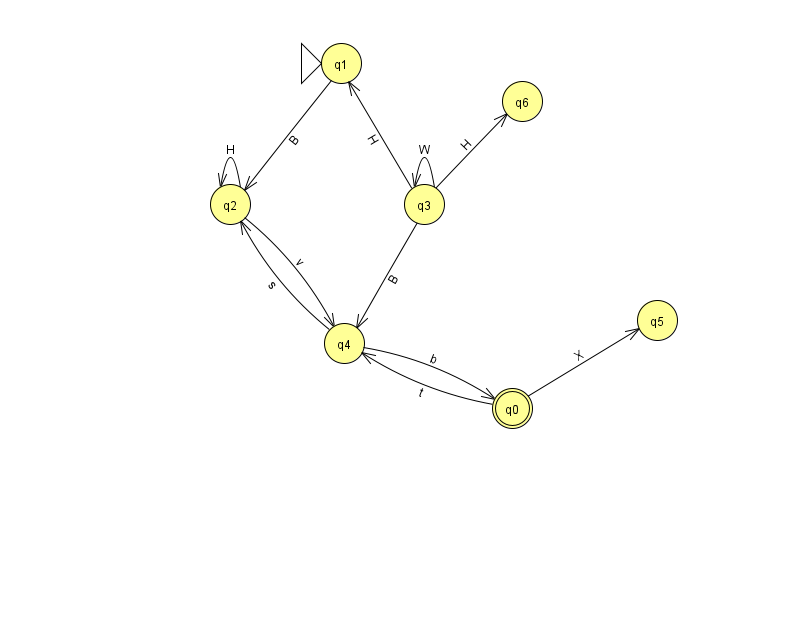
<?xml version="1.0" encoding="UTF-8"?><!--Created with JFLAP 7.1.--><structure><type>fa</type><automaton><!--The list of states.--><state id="0" name="q0"><x>512.0</x><y>395.0</y><final/></state><state id="1" name="q1"><x>341.0</x><y>50.0</y><initial/></state><state id="2" name="q2"><x>230.0</x><y>191.0</y></state><state id="3" name="q3"><x>424.0</x><y>191.0</y></state><state id="4" name="q4"><x>344.0</x><y>330.0</y></state><state id="5" name="q5"><x>657.0</x><y>307.0</y></state><state id="6" name="q6"><x>522.0</x><y>88.0</y></state><!--The list of transitions.--><transition><from>0</from><to>4</to><read>t</read></transition><transition><from>0</from><to>5</to><read>X</read></transition><transition><from>4</from><to>2</to><read>s</read></transition><transition><from>2</from><to>4</to><read>v</read></transition><transition><from>4</from><to>0</to><read>b</read></transition><transition><from>3</from><to>3</to><read>W</read></transition><transition><from>2</from><to>2</to><read>H</read></transition><transition><from>3</from><to>4</to><read>B</read></transition><transition><from>3</from><to>6</to><read>H</read></transition><transition><from>1</from><to>2</to><read>B</read></transition><transition><from>3</from><to>1</to><read>H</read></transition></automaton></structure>